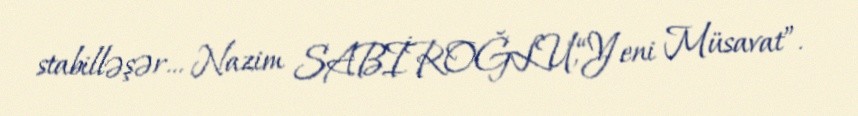
stabilləşər... Nazim SABİROĞLU,“Yeni Müsavat”.